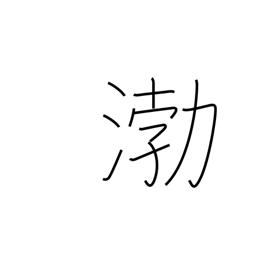
Meaning: place name